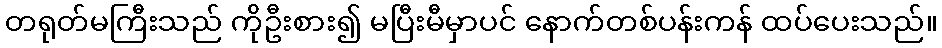
တရုတ်မကြီးသည် ကိုဦးစား၍ မပြီးမီမှာပင် နောက်တစ်ပန်းကန် ထပ်ပေးသည်။